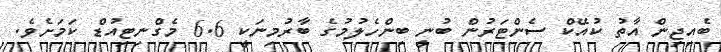
ބެއިޖިން އާތު ކުއޭކް ސެންޓަރުން ބުނީ ބިންހެލުމުގެ ބާރުމިނަކީ 6.6 މެގްނިޓިއުޑް ކަމަށެވެ.